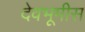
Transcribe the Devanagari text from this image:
देवभूमीस